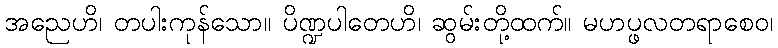
အညေဟိ၊ တပါးကုန်သော။ ပိဏ္ဍပါတေဟိ၊ ဆွမ်းတို့ထက်။ မဟပ္ဖလတရာစေဝ၊